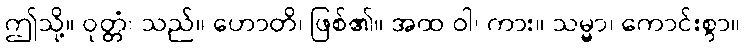
ဤသို့။ ဝုတ္တံ၊ သည်။ ဟောတိ၊ ဖြစ်၏။ အထ ဝါ၊ ကား။ သမ္မာ၊ ကောင်းစွာ။